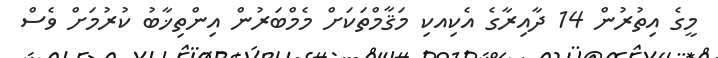
މީގެ އިތުރުން 14 ދާއިރާގެ އެކިއކި މަޤާމްތަކަށް މެމްބަރުން އިންތިޚާބު ކުރުމަށް ވެސް